Senior Leaving Certificate Examination (including Day School Certificate (Higher) General paper), 1947
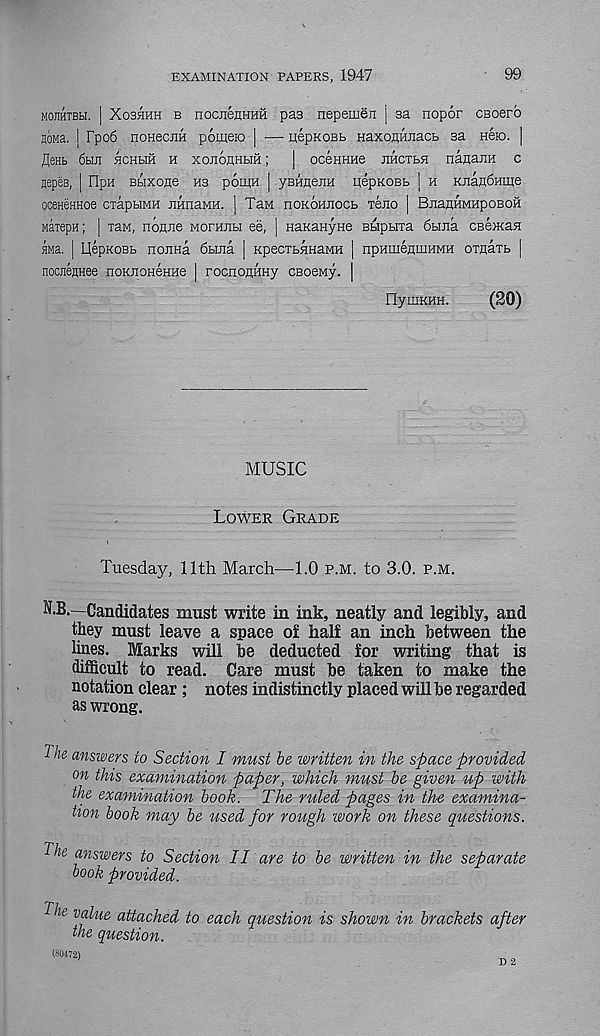
EXAMINATION PAPERS, 1947
99
mojihtbh. | Xoshhh b nocjieHHHH pas nepeineji | sa nopor CBoerb
noMa. | Fpo6 nonecjiH pomeio | •—■ pepKOBb naxofliinacb sa neio. |
flenb 6hji hchhh h xojionHHH;
| oceHHHe jihctbh nanaxH c
nepee, | Flpa Bbixoae hb pouiH | yBHHejiH iiepKOBb | h RjiaubHiue
oceHenHoe cxapHMH jiHnaMK. | TaM noKOHJiocb Tejio | BjiaiiHMHpoBOH
Maiepn; | xaM, nofliie Moranbi ee, | HaKaHyne Bbipbixa 6bma cseiKaH
ffla. | llepKOBb nojiHa 6bma [ KpecTbHnaMH | npumeamHMH oxnaTb |
noraejiHee noKnoHenHe ] rocnonftny CBoeMy. |
FlyUIKHH.
(20)
MUSIC
Lower Grade
Tuesday, 11th March—1.0 p.m. to 3.0. p.m.
Candidates must write in ink, neatly and legibly, and
they must leave a space of half an inch between the
lines. Marks will be deducted for writing that is
difficult to read. Care must be taken to make the
notation clear ; notes indistinctly placed will be regarded
as wrong.
The answers to Section I must be written in the space provided
on this examination paper, which must be given up with
the examination book. The ruled pages in the examina-
tion book may be used for rough work on these questions.
The answers to Section II are to be written in the separate
book provided.
r j' 7
e v fTue attached to each question is shown in brackets after
the question.